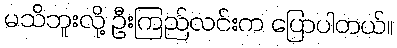
မသိဘူးလို့ ဦးကြည်လင်းက ပြောပါတယ်။